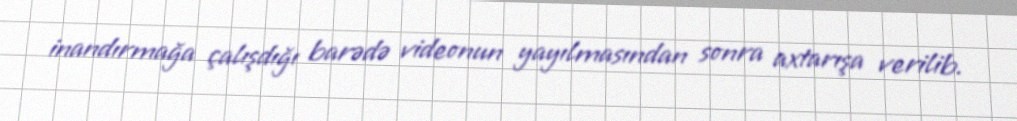
inandırmağa çalışdığı barədə videonun yayılmasından sonra axtarışa verilib.